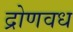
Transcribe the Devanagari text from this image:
द्रोणवध